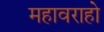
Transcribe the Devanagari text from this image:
महावराहो